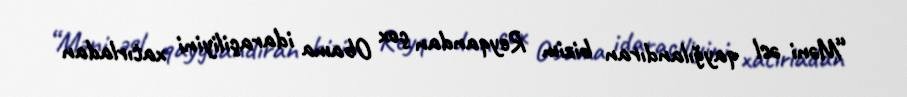
“Məni əsl qayğılandıran bizim Reyqandan çox Obama idaraçiliyini xatırladan